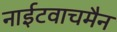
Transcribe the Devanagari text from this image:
नाईटवाचमैन